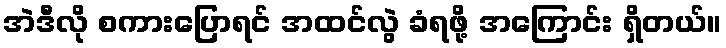
အဲဒီလို စကားပြောရင် အထင်လွဲ ခံရဖို့ အကြောင်း ရှိတယ်။